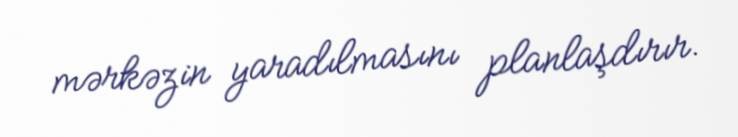
mərkəzin yaradılmasını planlaşdırır.